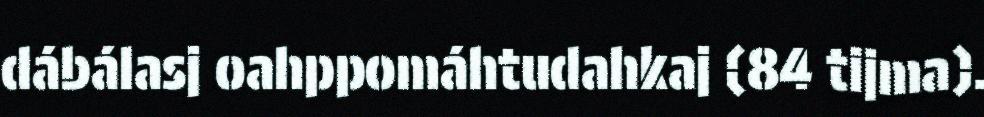
dábálasj oahppomáhtudahkaj (84 tijma).